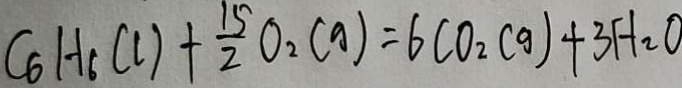
C _ { 6 } H _ { 6 } ( l ) + \frac { 1 5 } { 2 } O _ { 2 } ( g ) = 6 C O _ { 2 } ( g ) + 3 H _ { 2 } O